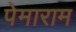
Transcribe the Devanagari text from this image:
पेमाराम